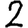
Digit: 2